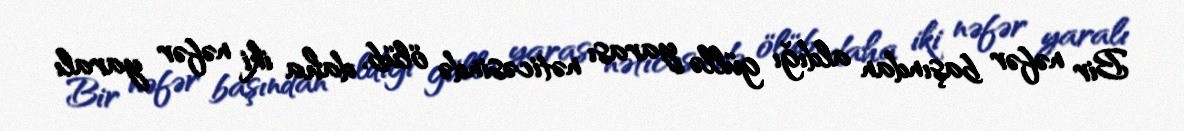
Bir nəfər başından aldığı güllə yarası nəticəsində ölüb, daha iki nəfər yaralı